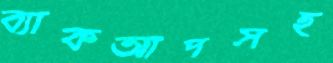
ব্যাকআপসহ